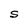
Character: S